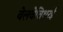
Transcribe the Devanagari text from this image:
वेलवेत्तिथुरई